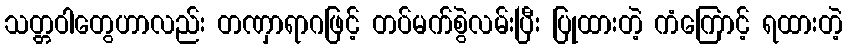
သတ္တဝါတွေဟာလည်း တဏှာရာဂဖြင့် တပ်မက်စွဲလမ်းပြီး ပြုထားတဲ့ ကံကြောင့် ရထားတဲ့